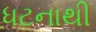
ધટનાથી